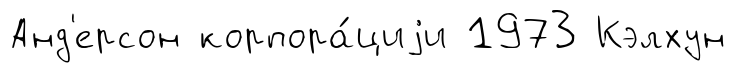
Анд'ерсон корпора́циjи 1973 Кэлхун